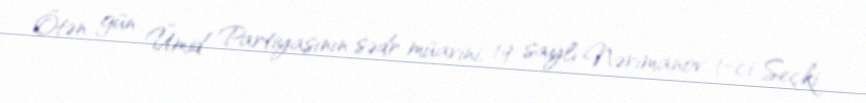
Ötən gün Ümid Partiyasının sədr müavini, 19 saylı Nərimanov 1-ci Seçki